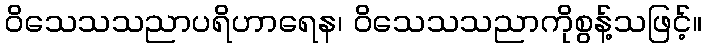
ဝိသေသသညာပရိဟာရေန၊ ဝိသေသသညာကိုစွန့်သဖြင့်။